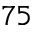
_ { 7 5 }